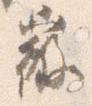
微